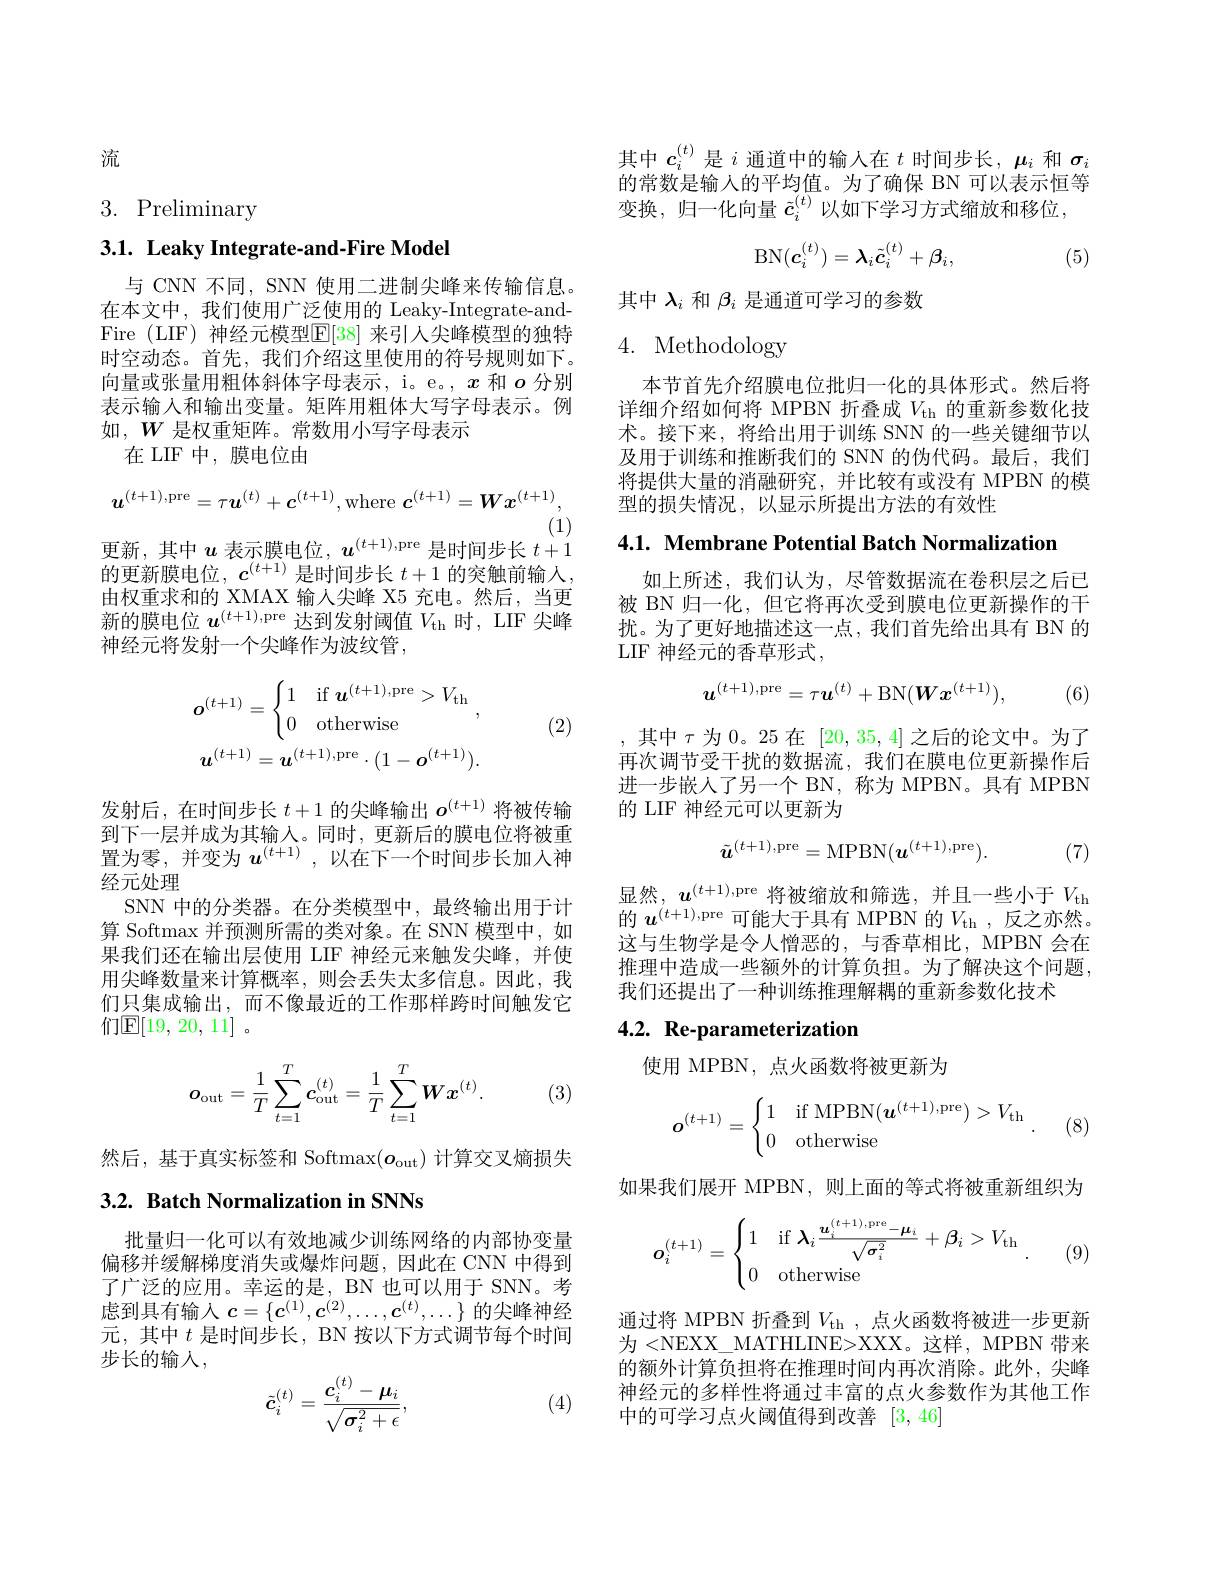
流

3. Preliminary

## 3.1. Leaky Integrate-and-Fire Model

与 CNN 不同，SNN 使用二进制尖峰来传输信息。在本文中，我们使用广泛使用的 Leaky-Integrate-andFire (LIF) 神经元模型$\mathbb{E}[38]$ 来引人尖峰模型的独特时空动态。首先，我们介绍这里使用的符号规则如下。向量或张量用粗体斜体字母表示，i。e。, $x$和$o$分别表示输入和输出变量。矩阵用粗体大写字母表示。例如，$W$是权重矩阵。常数用小写字母表示
在 LIF 中，膜电位由
$$\boldsymbol{u}^{(t+1),\mathrm{pre}}=\tau\boldsymbol{u}^{(t)}+\boldsymbol{c}^{(t+1)},\mathrm{where}\boldsymbol{c}^{(t+1)}=\boldsymbol{W}\boldsymbol{x}^{(t+1)},$$
(1)

更新，其中$u$表示膜电位，$u^(t+1)$,pre 是时间步长$t+1$

的更新膜电位$,c^(t+1)$是时间步长 $t+1$ 的突触前输入， 由权重求和的 XMAX 输人尖峰 X5 充电。然后，当更新的膜电位$u^(t+1)$,pre 达到发射阈值$V_\mathrm{th}$时，LIF 尖峰神经元将发射一个尖峰作为波纹管，
$$\boldsymbol{o}^{(t+1)}=\begin{cases}1&\text{if}\boldsymbol{u}^{(t+1),\text{pre}}>V_{\text{th}}\\0&\text{otherwise}\end{cases},\\\boldsymbol{u}^{(t+1)}=\boldsymbol{u}^{(t+1),\text{pre}}\cdot(1-\boldsymbol{o}^{(t+1)}).$$
(2)

发射后，在时间步长$t+1$的尖峰输出$o^(t+1)$将被传输到下一层并成为其输入。同时，更新后的膜电位将被重置为零，并变为$u^{(t+1)}$,以在下一个时间步长加入神经元处理
SNN 中的分类器。在分类模型中，最终输出用于计算 Softmax 并预测所需的类对象。在 SNN 模型中，如果我们还在输出层使用 LIF 神经元来触发尖峰，并使用尖峰数量来计算概率，则会丢失太多信息。因此，我们只集成输出，而不像最近的工作那样跨时间触发它们$\mathbb{E}[19,20,11]$。
$$\boldsymbol{o}_{\mathrm{out}}=\dfrac{1}{T}\sum_{t=1}^{T}\boldsymbol{c}_{\mathrm{out}}^{(t)}=\dfrac{1}{T}\sum_{t=1}^{T}\boldsymbol{W}\boldsymbol{x}^{(t)}.$$
(3)

然后，基于真实标签和 Softmax$(o_\mathrm{out})$计算交叉熵损失

## 3.2. Batch Normalization in SNNs

批量归一化可以有效地减少训练网络的内部协变量偏移并缓解梯度消失或爆炸问题，因此在 CNN 中得到了广泛的应用。幸运的是，BN 也可以用于 SNN。考虑到具有输入$c=\{\boldsymbol{c}^{(1)},\boldsymbol{c}^{(2)},\ldots,\boldsymbol{c}^{(t)},\ldots\}$的尖峰神经元，其中$t$是时间步长，BN 按以下方式调节每个时间步长的输人，
$$\tilde{\boldsymbol{c}}_i^{(t)}=\frac{\boldsymbol{c}_i^{(t)}-\boldsymbol{\mu}_i}{\sqrt{\boldsymbol{\sigma}_i^2+\epsilon}},$$
(4)

其中$c_i^{(t)}$是$i$通道中的输入在$t$时间步长，$\mu_i$和$\sigma_i$ 的常数是输入的平均值。为了确保 BN 可以表示恒等变换，归一化向量$\tilde{c}_i^{(t)}$以如下学习方式缩放和移位，
$$\mathrm{BN}(\boldsymbol{c}_i^{(t)})=\lambda_i\tilde{\boldsymbol{c}}_i^{(t)}+\beta_i,$$
(5)

其中$\lambda_i$和$\beta_i$是通道可学习的参数

## 4. Methodology

本节首先介绍膜电位批归一化的具体形式。然后将详细介绍如何将 MPBN 折叠成$V_\mathrm{th}$的重新参数化技术。接下来，将给出用于训练 SNN 的一些关键细节以及用于训练和推断我们的 SNN 的伪代码。最后，我们将提供大量的消融研究，并比较有或没有 MPBN 的模型的损失情况，以显示所提出方法的有效性

4.1. Membrane Potential Batch Normalization

如上所述，我们认为，尽管数据流在卷积层之后已被 BN 归一化，但它将再次受到膜电位更新操作的干扰。为了更好地描述这一点，我们首先给出具有 BN 的LIF 神经元的香草形式，
$$\boldsymbol{u}^{(t+1),\mathrm{pre}}=\tau\boldsymbol{u}^{(t)}+\mathrm{BN}(\boldsymbol{W}\boldsymbol{x}^{(t+1)}),$$
(6)

,其中$\tau$为 0。25 在[20,35,4]之后的论文中。为了再次调节受干扰的数据流，我们在膜电位更新操作后进一步嵌人了另一个 BN, 称为 MPBN。具有 MPBN 的 LIF 神经元可以更新为
$$\tilde{\boldsymbol{u}}^{(t+1),\mathrm{pre}}=\mathrm{MPBN}(\boldsymbol{u}^{(t+1),\mathrm{pre}}).$$
(7)

显然，$u^(t+1)$,pre 将被缩放和筛选，并且一些小于$V_\mathrm{th}$ 的 $\boldsymbol{u}^{(t+1),\mathrm{pre~}}$可能大于具有 MPBN 的$V_\mathrm{th~}$,反之亦然。这与生物学是令人憎恶的，与香草相比，MPBN 会在推理中造成一些额外的计算负担。为了解决这个问题， 我们还提出了一种训练推理解耦的重新参数化技术

## 4.2. Re-parameterization

使用 MPBN, 点火函数将被更新为
$$\boldsymbol{o}^{(t+1)}=\begin{cases}1&\text{if MPBN}(\boldsymbol{u}^{(t+1),\text{pre}})>V_{\text{th}}\\0&\text{otherwise}\end{cases}.$$
如果我们展开 MPBN,则上面的等式将被重新组织为
$$\boldsymbol{o}_i^{(t+1)}=\begin{cases}1&\text{if}\boldsymbol{\lambda}_i\frac{\boldsymbol{u}_i^{(t+1),\text{pre}}-\boldsymbol{\mu}_i}{\sqrt{\boldsymbol{\sigma}_i^2}}+\boldsymbol{\beta}_i>V_{\text{th}}\\0&\text{otherwise}\end{cases}.$$
(9)

通过将 MPBN 折叠到$V_\mathrm{th}$ ,点火函数将被进一步更新为 <NEXX\_ MATHLINE>XXX。这样，MPBN 带来的额外计算负担将在推理时间内再次消除。此外，尖峰神经元的多样性将通过丰富的点火参数作为其他工作中的可学习点火阈值得到改善[3,46]